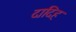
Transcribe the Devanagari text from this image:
दादिह